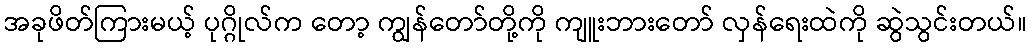
အခုဖိတ်ကြားမယ့် ပုဂ္ဂိုလ်က တော့ ကျွန်တော်တို့ကို ကျူးဘားတော် လှန်ရေးထဲကို ဆွဲသွင်းတယ်။